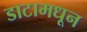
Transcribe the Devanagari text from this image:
डाटामधून